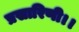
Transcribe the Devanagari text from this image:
प्रसारिणी।।